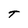
Character: T